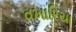
વખારિયા